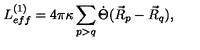
L _ { e f f } ^ { ( 1 ) } = 4 \pi \kappa \sum _ { p > q } \dot { \Theta } ( \vec { R } _ { p } - \vec { R } _ { q } ) ,